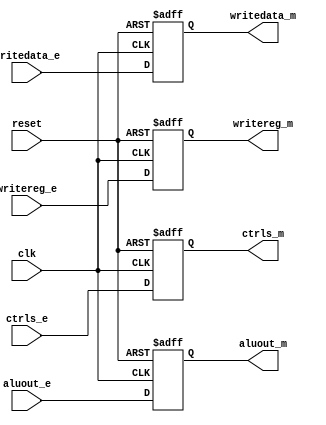
/*
  memory_register.v
*/

`default_nettype none

module memory_register(
  input wire          clk,
  input wire          reset,
  input wire  [2:0]   ctrls_e,
  input wire  [31:0]  aluout_e,
  input wire  [31:0]  writedata_e,
  input wire  [4:0]   writereg_e,
  output wire [2:0]   ctrls_m,
  output wire [31:0]  aluout_m,
  output wire [31:0]  writedata_m,
  output wire [4:0]   writereg_m
  );

  // Declare local regs and wires
  reg [2:0]   ctrls_m_reg;
  reg [31:0]  aluout_m_reg;
  reg [31:0]  writedata_m_reg;
  reg [4:0]   writereg_m_reg;

  // Assign outputs;
  assign ctrls_m = ctrls_m_reg;
  assign aluout_m = aluout_m_reg;
  assign writedata_m = writedata_m_reg;
  assign writereg_m = writereg_m_reg;

  always @ (posedge clk or posedge reset) begin
    if (reset == 1'b1) begin
      ctrls_m_reg <= 3'd0;
      aluout_m_reg <= 32'd0;
      writedata_m_reg <= 32'd0;
      writereg_m_reg <= 5'd0;
    end else begin
      ctrls_m_reg <= ctrls_e;
      aluout_m_reg <= aluout_e;
      writedata_m_reg <= writedata_e;
      writereg_m_reg <= writereg_e;
    end
  end

endmodule // memory_register

`default_nettype wire